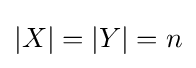
|X|=|Y|=n